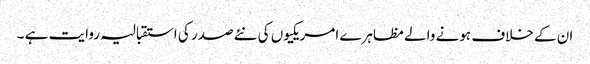
ان کے خلاف ہونے والے مظاہرے امریکیوں کی نئے صدر کی استقبالیہ روایت ہے ۔